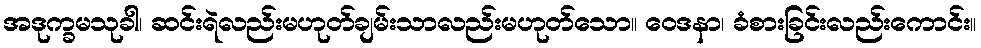
အဒုက္ခမသုခါ၊ ဆင်းရဲလည်းမဟုတ်ချမ်းသာလည်းမဟုတ်သော။ ဝေဒနာ၊ ခံစားခြင်းလည်းကောင်း။